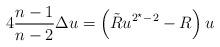
LaTeX: \begin{align*} 4 \frac{n-1}{n-2} \Delta u = \left( \tilde{R} u^{2^\star-2} - R\right) u\end{align*}